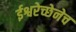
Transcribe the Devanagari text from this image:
ईश्वरेच्छेनेच